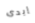
إيدى